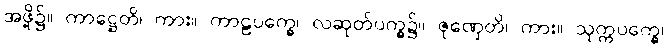
အဖို့၌။ ကာဋ္ဌေတိ၊ ကား။ ကာဠပက္ခေ၊ လဆုတ်ပက္ခ၌။ ဇုဏှေတိ၊ ကား။ သုက္ကပက္ခေ၊